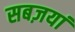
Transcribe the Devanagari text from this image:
सबज़यां